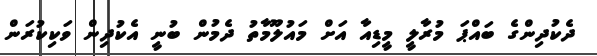
ދެކުދިންގެ ބައްޕަ މުރާލީ މީޑިއާ އަށް މައުލޫމާތު ދެމުން ބުނީ އެކުދިން ވަކިކުރަން